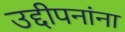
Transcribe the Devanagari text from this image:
उद्दीपनांना